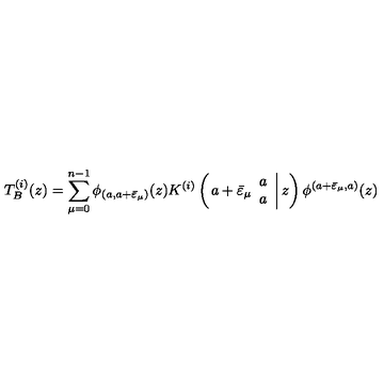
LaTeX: T _ { B } ^ { ( i ) } ( z ) = \displaystyle \sum _ { \mu = 0 } ^ { n - 1 } \phi _ { ( a , a + \bar { \varepsilon } _ { \mu } ) } ( z ) K ^ { ( i ) } \left( \left. a + \bar { \varepsilon } _ { \mu } \begin{array} { c } { a } \\ { a } \\ \end{array} \right| z \right) \phi ^ { ( a + \bar { \varepsilon } _ { \mu } , a ) } ( z )